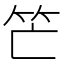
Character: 笀